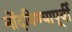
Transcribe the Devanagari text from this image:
नोंदविण्यापूर्वी